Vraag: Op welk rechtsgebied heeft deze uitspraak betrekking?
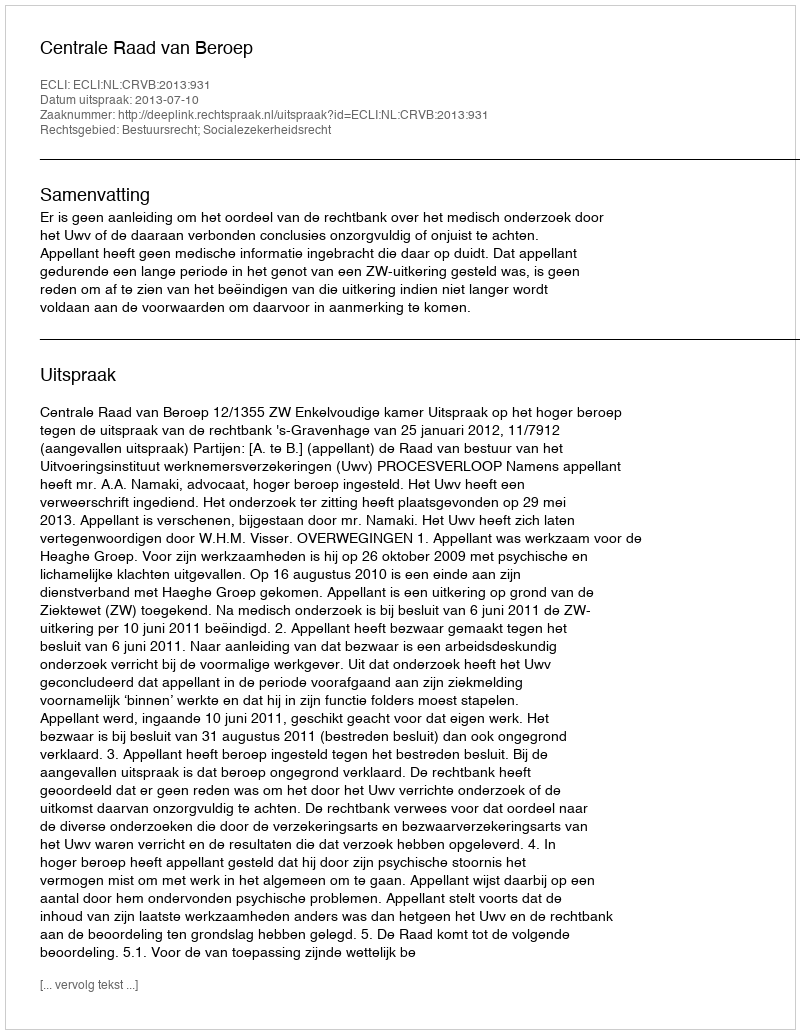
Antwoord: Bestuursrecht; Socialezekerheidsrecht